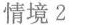
情境2